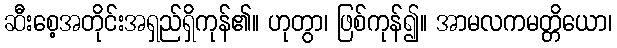
ဆီးစေ့အတိုင်းအရှည်ရှိကုန်၏။ ဟုတွာ၊ ဖြစ်ကုန်၍။ အာမလကမတ္တိယော၊